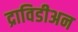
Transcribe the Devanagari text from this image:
द्राविडीअन